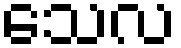
သေလ